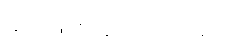
ဆုံးဖြတ်ခဲ့ကြပါသည်